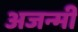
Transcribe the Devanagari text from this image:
अजन्मी